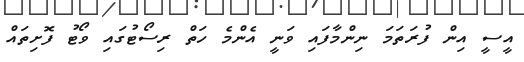
އީސީ އިން ފުރަތަމަ ނިންމާފައި ވަނީ އެންމެ ހަތް ރިސޯޓުގައި ވޯޓު ފޮށިތައް